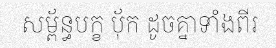
សម្ព័ន្ធបក្ខ ប៉័ក ដូចគ្នាទាំងពីរ